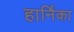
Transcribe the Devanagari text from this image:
हार्निका